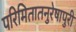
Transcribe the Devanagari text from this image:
परिमितातनुरेषापुरी